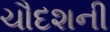
ચૌદશની